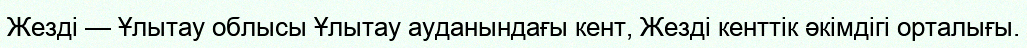
Жезді — Ұлытау облысы Ұлытау ауданындағы кент, Жезді кенттік әкімдігі орталығы.